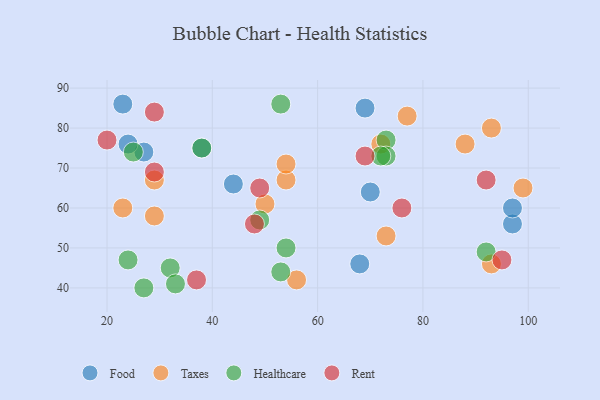
{"axis": {"x": "GDP", "y": "Life Expectancy"}, "legend": ["Food", "Healthcare", "Rent", "Taxes"], "data": [{"x": "97", "y": 56, "type": "Food"}, {"x": "97", "y": 60, "type": "Food"}, {"x": "69", "y": 85, "type": "Food"}, {"x": "27", "y": 74, "type": "Food"}, {"x": "23", "y": 86, "type": "Food"}, {"x": "70", "y": 64, "type": "Food"}, {"x": "44", "y": 66, "type": "Food"}, {"x": "24", "y": 76, "type": "Food"}, {"x": "68", "y": 46, "type": "Food"}, {"x": "38", "y": 75, "type": "Food"}, {"x": "54", "y": 67, "type": "Taxes"}, {"x": "23", "y": 60, "type": "Taxes"}, {"x": "29", "y": 67, "type": "Taxes"}, {"x": "88", "y": 76, "type": "Taxes"}, {"x": "29", "y": 58, "type": "Taxes"}, {"x": "93", "y": 80, "type": "Taxes"}, {"x": "50", "y": 61, "type": "Taxes"}, {"x": "99", "y": 65, "type": "Taxes"}, {"x": "56", "y": 42, "type": "Taxes"}, {"x": "73", "y": 53, "type": "Taxes"}, {"x": "77", "y": 83, "type": "Taxes"}, {"x": "93", "y": 46, "type": "Taxes"}, {"x": "72", "y": 76, "type": "Taxes"}, {"x": "54", "y": 71, "type": "Taxes"}, {"x": "38", "y": 75, "type": "Healthcare"}, {"x": "54", "y": 50, "type": "Healthcare"}, {"x": "53", "y": 44, "type": "Healthcare"}, {"x": "92", "y": 49, "type": "Healthcare"}, {"x": "53", "y": 86, "type": "Healthcare"}, {"x": "49", "y": 57, "type": "Healthcare"}, {"x": "27", "y": 40, "type": "Healthcare"}, {"x": "32", "y": 45, "type": "Healthcare"}, {"x": "33", "y": 41, "type": "Healthcare"}, {"x": "73", "y": 77, "type": "Healthcare"}, {"x": "73", "y": 73, "type": "Healthcare"}, {"x": "25", "y": 74, "type": "Healthcare"}, {"x": "72", "y": 73, "type": "Healthcare"}, {"x": "24", "y": 47, "type": "Healthcare"}, {"x": "95", "y": 47, "type": "Rent"}, {"x": "49", "y": 65, "type": "Rent"}, {"x": "29", "y": 84, "type": "Rent"}, {"x": "29", "y": 69, "type": "Rent"}, {"x": "69", "y": 73, "type": "Rent"}, {"x": "92", "y": 67, "type": "Rent"}, {"x": "20", "y": 77, "type": "Rent"}, {"x": "37", "y": 42, "type": "Rent"}, {"x": "48", "y": 56, "type": "Rent"}, {"x": "76", "y": 60, "type": "Rent"}]}